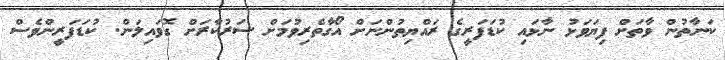
ކަނާތުން ވާތަށް ފިޔަވަޅު ނާޅައި ކުޑަފަރީގެ ރައްޔިތުންނަށް އޯގާތެރިވުމަށް ސަރުކާރަށް ގޮވައިލަން. ކުޑަފަރީންވެސް